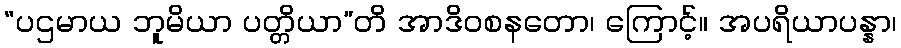
“ပဌမာယ ဘူမိယာ ပတ္တိယာ”တိ အာဒိဝစနတော၊ ကြောင့်။ အပရိယာပန္နာ၊